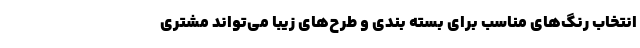
انتخاب رنگ‌های مناسب برای بسته بندی و طرح‌های زیبا می‌تواند مشتری